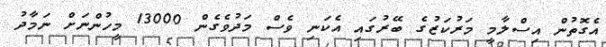
އެގޮތުން އިސްލާމީ މަރުކަޒުގެ ބޭރުގައި އެކަނި ވެސް މަދުވެގެން 13000 މީހުންނަށް ނަމާދު